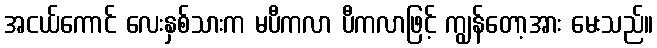
အငယ်ကောင် လေးနှစ်သားက မပီကလာ ပီကလာဖြင့် ကျွန်တော့အား မေးသည်။